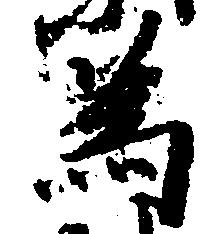
為